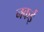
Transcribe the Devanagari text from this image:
नकई